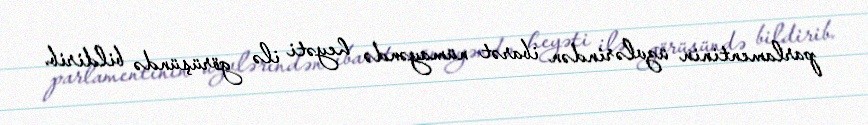
parlamentinin üzvlərindən ibarət nümayəndə heyəti ilə görüşündə bildirib.